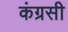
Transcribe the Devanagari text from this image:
कंग्रसी